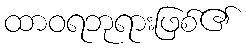
ထာဝရဘုရားဖြစ်၏